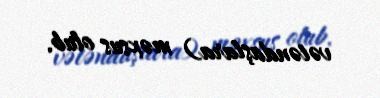
vətəndaşlara) məxsus olub.